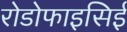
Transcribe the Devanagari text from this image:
रोडोफाइसिई